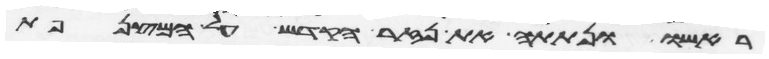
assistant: ראשו ונתתה את נזר הקדש על המצנפת